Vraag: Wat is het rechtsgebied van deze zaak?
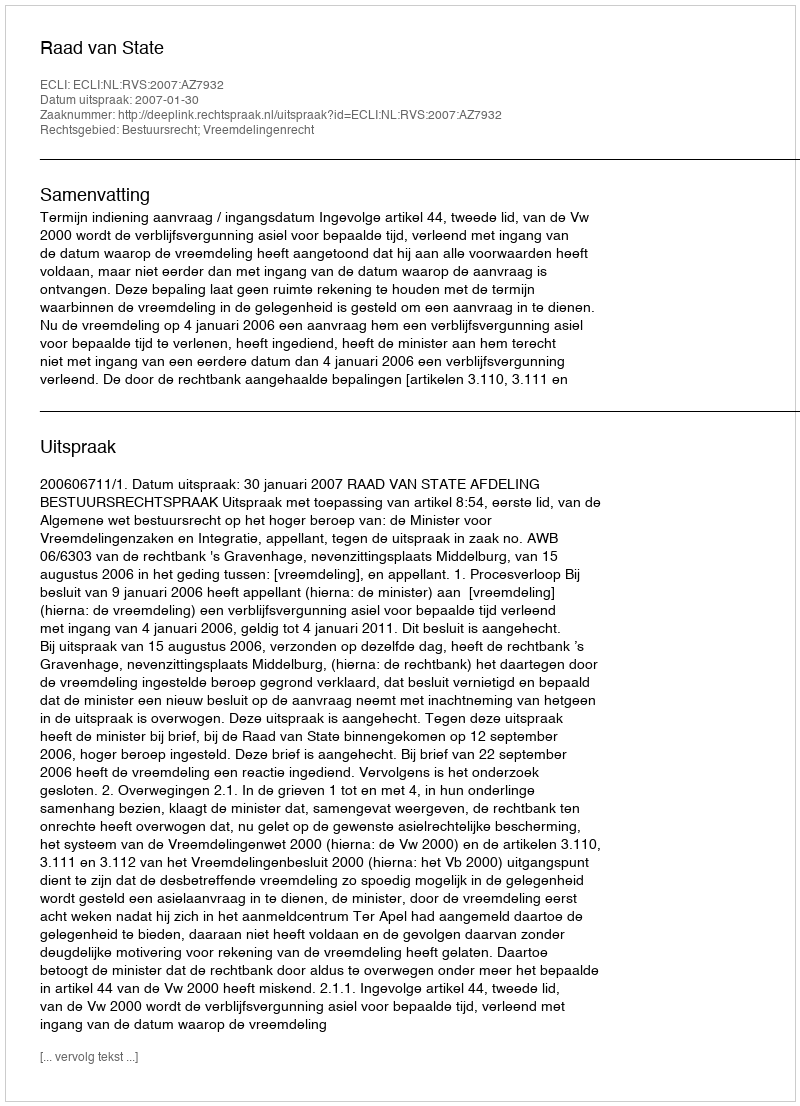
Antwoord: Bestuursrecht; Vreemdelingenrecht